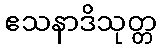
ဧသနာဒိသုတ္တ